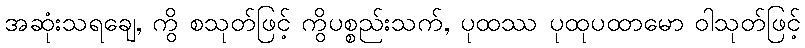
အဆုံးသရချေ, ကွိ စသုတ်ဖြင့် ကွိပစ္စည်းသက်, ပုထဿ ပုထုပထာမော ဝါသုတ်ဖြင့်